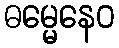
ဓမ္မေနေဝ